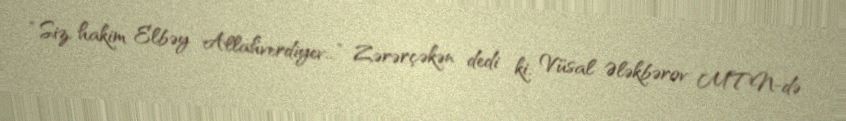
“Siz, hakim Elbəy Allahverdiyev...” Zərərçəkən dedi ki, Vüsal Ələkbərov MTN-də